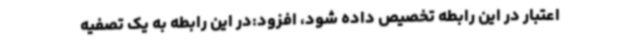
اعتبار در این رابطه تخصیص داده شود، افزود:در این رابطه به یک تصفیه